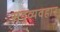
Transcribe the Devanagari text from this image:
सद्‍व्यवहार